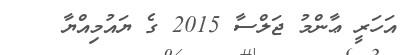
އަހަރީ ޢާންމު ޖަލްސާ 2015 ގެ ޔައުމިއްޔާ